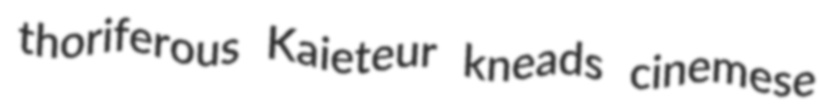
thoriferous Kaieteur kneads cinemese